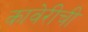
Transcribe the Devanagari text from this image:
कावेरीची